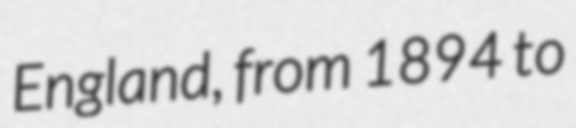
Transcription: England, from 1894 to